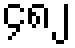
၄၈၂